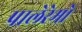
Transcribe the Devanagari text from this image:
पालेरेमो